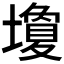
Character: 𪤩